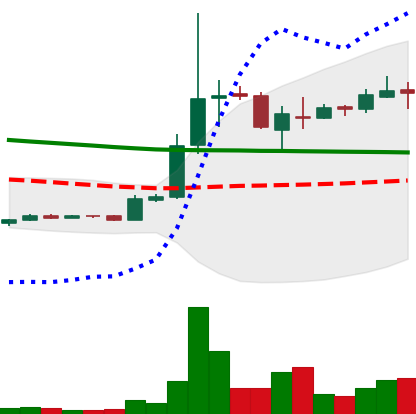
Ticker: XRP-USD
Chart end date: 2018-10-01
Forward return: -15.331%
Label: down_7plus